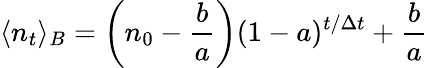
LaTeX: \langle n_{t}\rangle_{B}=\left(n_{0}-\frac{b}{a}\right)(1-a)^{t/\Delta t}+\frac{b}{a}